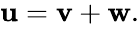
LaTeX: \begin{array}{r}{\mathbf{u}=\mathbf{v}+\mathbf{w}.}\end{array}